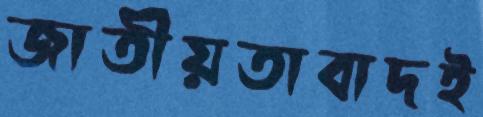
জাতীয়তাবাদই